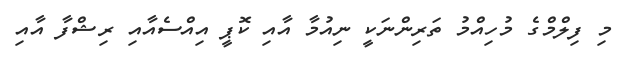
މި ފިލްމްގެ މުހިއްމު ތަރިންނަކީ ނިއުމާ އާއި ކޮޕީ އިއްސެއާއި ރިޝްފާ އާއި